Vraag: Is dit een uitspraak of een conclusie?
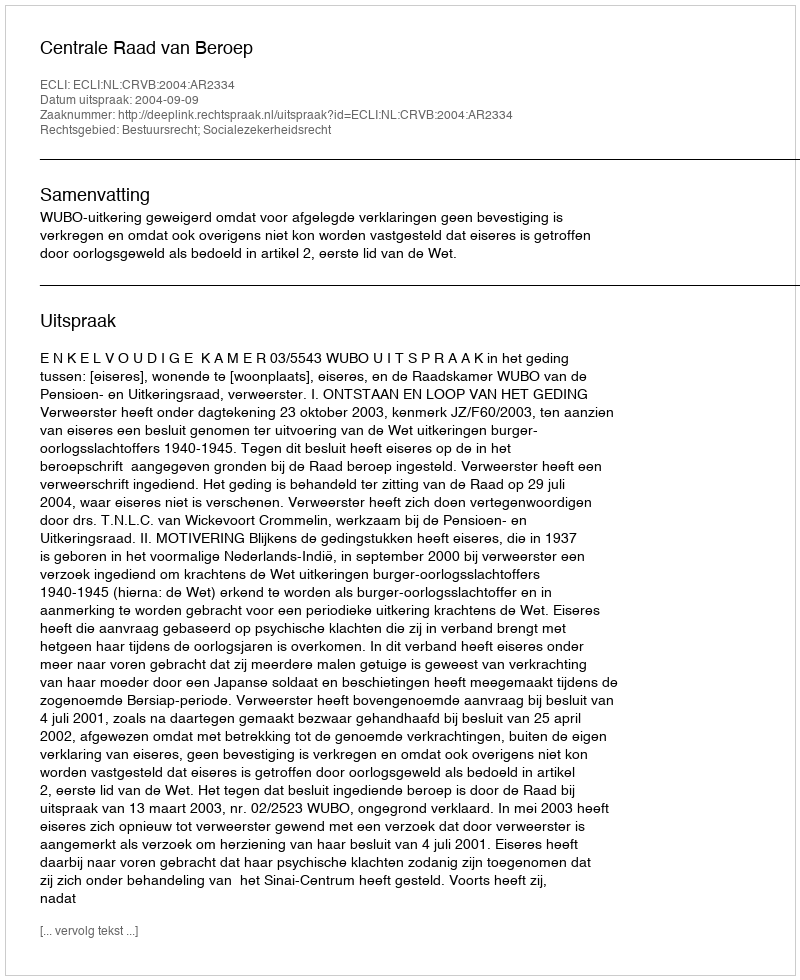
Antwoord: Uitspraak